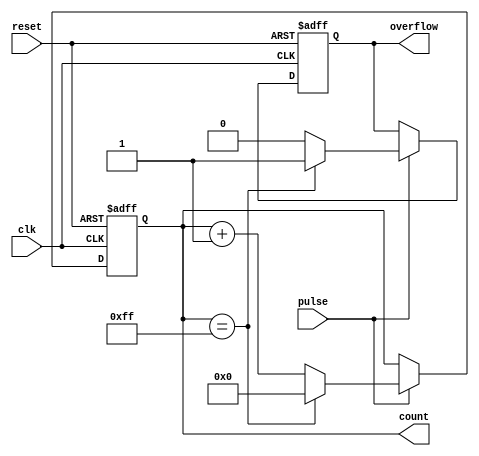
module pulse_counter (
    input wire clk,            // Clock signal
    input wire pulse,          // Pulse input signal
    input wire reset,          // Reset signal
    output reg [N-1:0] count,  // N-bit counter output
    output reg overflow        // Overflow indication (optional)
);

    parameter N = 8; // Width of the counter (8 bits)

    // Asynchronous Reset Logic
    always @(posedge clk or posedge reset) begin
        if (reset) begin
            count <= 0;        // Reset the counter to 0
            overflow <= 0;     // Clear overflow
        end else begin
            if (pulse) begin
                if (count == {N{1'b1}}) begin // Check for overflow condition
                    count <= 0;   // Wrap around to 0
                    overflow <= 1; // Set overflow flag
                end else begin
                    count <= count + 1; // Increment the counter
                    overflow <= 0; // Clear overflow flag
                end
            end
        end
    end

endmodule